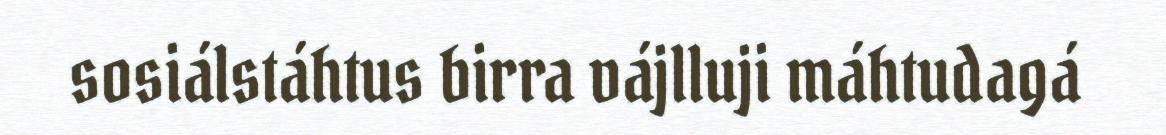
sosiálstáhtus birra vájlluji máhtudagá